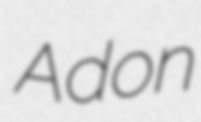
Adon